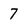
Character: 7